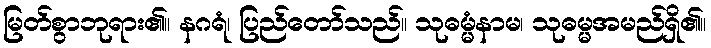
မြတ်စွာဘုရား၏။ နဂရံ၊ ပြည်တော်သည်။ သုဓမ္မံနာမ၊ သုဓမ္မအမည်ရှိ၏။